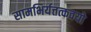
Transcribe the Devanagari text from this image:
सामभिर्यत्तत्कवयो